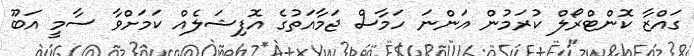
ގައްޒާ ކޮންޓްރޯލް ކުރަމުން އަންނަ ހަމާސް ޖަމާއަތުގެ އޮފިޝަލެއް ކަމަށްވާ ސާމީ އަބޫ